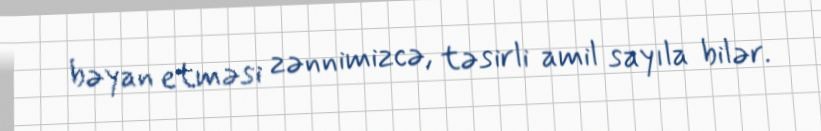
bəyan etməsi zənnimizcə, təsirli amil sayıla bilər.